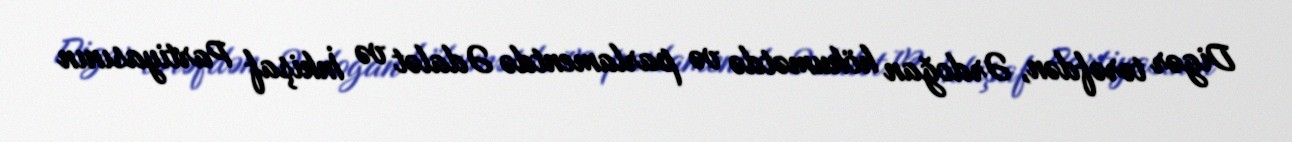
Digər tərəfdən, Ərdoğan hökumətdə və parlamentdə Ədalət və İnkişaf Partiyasının